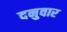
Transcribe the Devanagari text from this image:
दनुवार